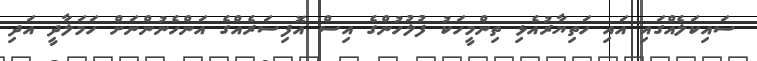
ސައިކަލެއްގައި އައި ހަތިޔާރުއެޅި ތިންމީހަކު ފުލުހުންގެ އިސް އޮފިސަރެއްގެ އަންހެނުންނަށް ހަމަލާދީ އަދި